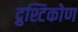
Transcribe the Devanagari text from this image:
द्रुश्टिकोण